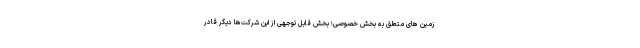
زمین های متعلق به بخش خصوصی؛ بخش قابل توجهی از این شرکت‌ها دیگر قادر